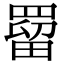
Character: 罶